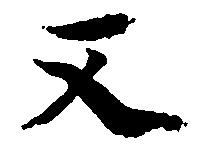
又